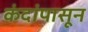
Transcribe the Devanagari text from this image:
कंदांपासून